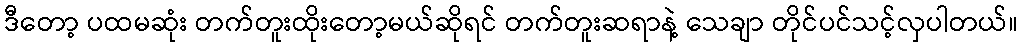
ဒီတော့ ပထမဆုံး တက်တူးထိုးတော့မယ်ဆိုရင် တက်တူးဆရာနဲ့ သေချာ တိုင်ပင်သင့်လှပါတယ်။